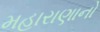
મહારાણાનો